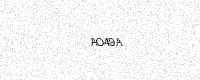
Text: AO49A